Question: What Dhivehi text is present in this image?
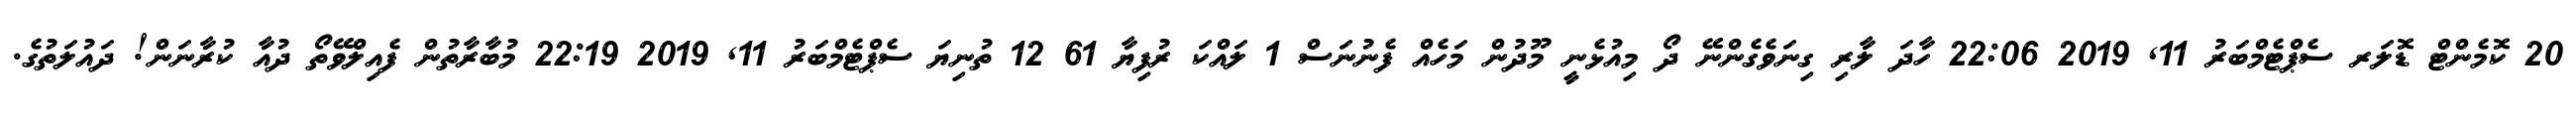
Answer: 20 ކޮމެންޓް ޑޮލަރ ސެޕްޓެމްބަރު 11, 2019 22:06 ހާދަ ލާރި ގިނަވެގެންނޭ ދޯ މިއުޅެނީ މޫދުން މަހެއް ފެނުނަސް 1 ލައްކަ ރުފިޔާ 61 12 ތުނިޔަ ސެޕްޓެމްބަރު 11, 2019 22:19 މުބާރާތުން ފެއިލްވޭތޯ ދުއާ ކުރާނަން! ދައުލަތުގެ.